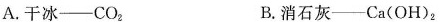
A.干冰——CO_{2}， B.消石灰——Ca(OH)_{2}